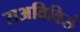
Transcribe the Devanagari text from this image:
राअविविसं